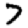
Digit: 7